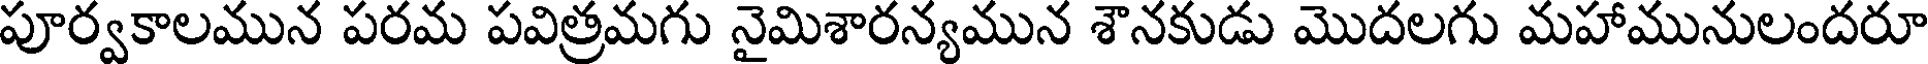
పూర్వకాలమున పరమ పవిత్రమగు నైమిశారన్యమున శౌనకుడు మొదలగు మహామునులందరూ